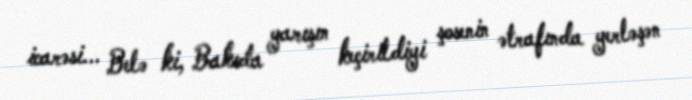
icarəsi... Belə ki, Bakıda yarışın keçirildiyi şosenin ətrafında yerləşən